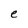
Character: e